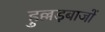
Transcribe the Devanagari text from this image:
हुल्लड़बाजों